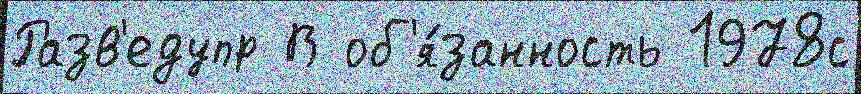
Разв'едупр В об'я́занность 1978с